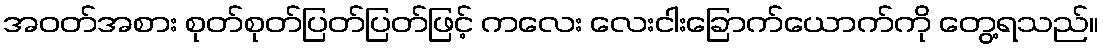
အဝတ်အစား စုတ်စုတ်ပြတ်ပြတ်ဖြင့် ကလေး လေးငါးခြောက်ယောက်ကို တွေ့ရသည်။